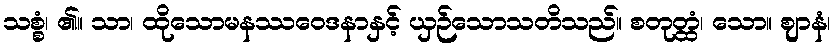
သစ္စံ၊ ၏။ သာ၊ ထိုသောမနဿဝေဒနာနှင့် ယှဉ်သောသတိသည်။ စတုတ္ထံ၊ သော။ ဈာနံ၊